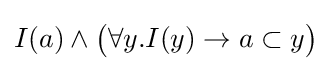
I(a)\land {\big (}\forall y.I(y)\to a\subset y{\big )}